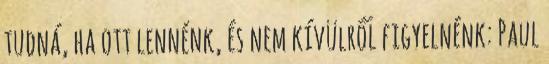
tudná, ha ott lennénk, és nem kívülről figyelnénk: Paul